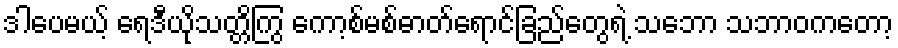
ဒါပေမယ့် ရေဒီယိုသတ္တိကြွ ကော့စ်မစ်ဓာတ်ရောင်ခြည်တွေရဲ့ သဘော သဘာဝကတော့